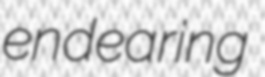
endearing